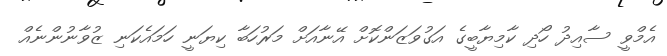
އެމްވީ ސާއިދު ހޯދި ކާމިޔާބީގެ އަގުވަޒަންކޮށް އޭނާއަށް މަރުހަބާ ކިޔަނީ ހަމައެކަނި ޒުވާނުންނެއް